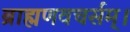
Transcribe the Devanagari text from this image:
ब्राह्मणवचर्सम्।